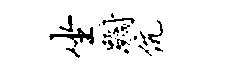
坐蹰伉